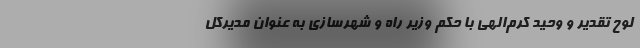
لوح تقدیر و وحید کرم‌الهی با حکم وزیر راه و شهرسازی به عنوان مدیرکل